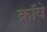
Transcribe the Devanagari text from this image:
क्रॉवे